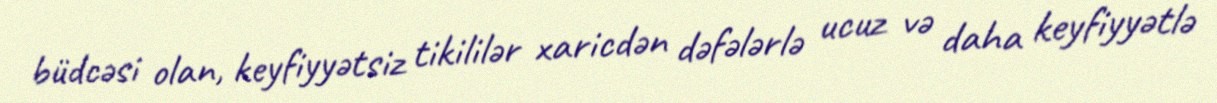
büdcəsi olan, keyfiyyətsiz tikililər xaricdən dəfələrlə ucuz və daha keyfiyyətlə